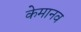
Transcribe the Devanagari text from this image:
केमानव